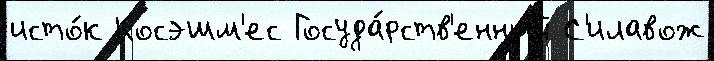
исто́к Косэшм'ес Госуда́рств'енный С'илавож